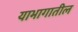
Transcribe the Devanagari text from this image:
याभागातील